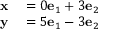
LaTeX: \begin{array} { r l } { \mathbf { x } } & { { } = 0 \mathbf { e } _ { 1 } + 3 \mathbf { e } _ { 2 } } \\ { \mathbf { y } } & { { } = 5 \mathbf { e } _ { 1 } - 3 \mathbf { e } _ { 2 } } \end{array}